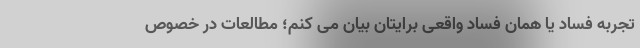
تجربه فساد یا همان فساد واقعی برایتان بیان می کنم؛ مطالعات در خصوص